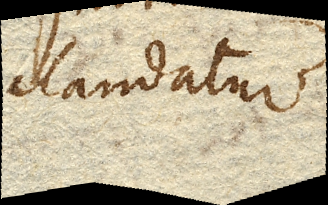
claudatur